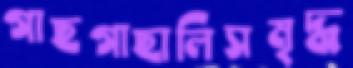
গাছগাছালিসমৃদ্ধ